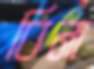
বিনা